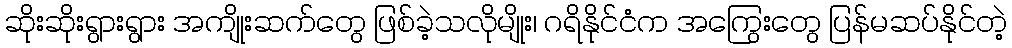
ဆိုးဆိုးရွားရွား အကျိုးဆက်တွေ ဖြစ်ခဲ့သလိုမျိုး၊ ဂရိနိုင်ငံက အကြွေးတွေ ပြန်မဆပ်နိုင်တဲ့